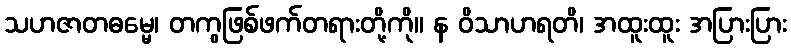
သဟဇာတဓမ္မေ၊ တကွဖြစ်ဖက်တရားတို့ကို။ န ဝိသာဟရတိ၊ အထူးထူး အပြားပြား